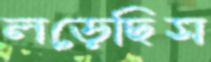
লড়েছিস